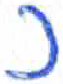
אות: כ